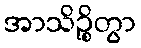
အာသိဉ္စိတွာ